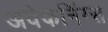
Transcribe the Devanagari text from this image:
अवेकनिंग्स